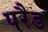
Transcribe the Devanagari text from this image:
परैड